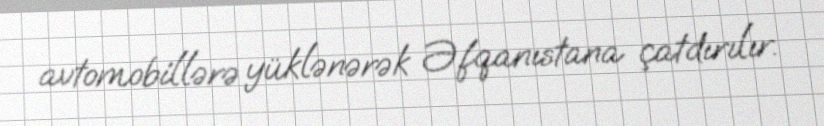
avtomobillərə yüklənərək Əfqanıstana çatdırılır.